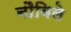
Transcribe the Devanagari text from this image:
नौविले